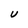
Character: U